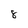
Character: 8